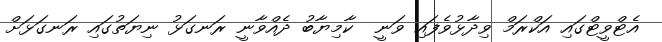
އެޓްވީޓްގައި އަކްރަމް ވިދާޅުވެފައި ވަނީ  ކާމިޔާބު ދެއްވާނީ ރަނގަޅު ނިޔަތުގައި ރަނގަޅަށް